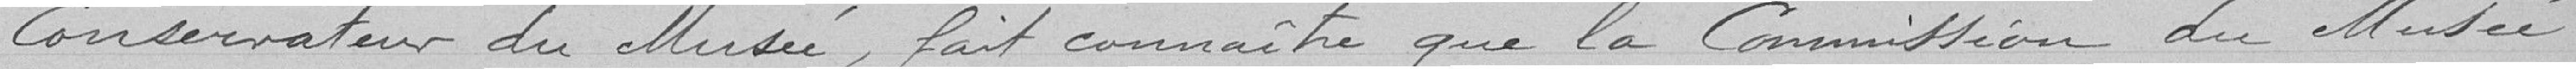
Conservateur du Musée, fait connaitre que la commission du Musée